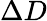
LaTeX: \Delta D